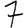
Digit: 7